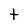
Character: t